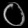
Digit: ၀